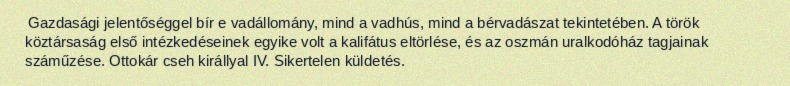
Gazdasági jelentőséggel bír e vadállomány, mind a vadhús, mind a bérvadászat tekintetében. A török köztársaság első intézkedéseinek egyike volt a kalifátus eltörlése, és az oszmán uralkodóház tagjainak száműzése. Ottokár cseh királlyal IV. Sikertelen küldetés.